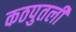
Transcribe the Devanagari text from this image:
कठपुतली